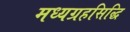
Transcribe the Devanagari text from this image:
मध्यग्रहसिद्धि